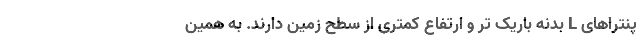
پنتراهای L بدنه باریک تر و ارتفاع کمتری از سطح زمین دارند. به همین